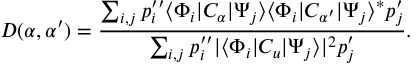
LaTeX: D ( \alpha , { \alpha ^ { \prime } } ) = { \frac { \sum _ { i , j } p _ { i } ^ { \prime \prime } \langle \Phi _ { i } | C _ { \alpha } | \Psi _ { j } \rangle \langle \Phi _ { i } | C _ { \alpha ^ { \prime } } | \Psi _ { j } \rangle ^ { * } p _ { j } ^ { \prime } } { \sum _ { i , j } p _ { i } ^ { \prime \prime } | \langle \Phi _ { i } | C _ { u } | \Psi _ { j } \rangle | ^ { 2 } p _ { j } ^ { \prime } } } .